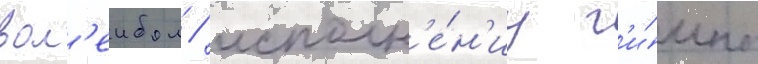
вол'еибол / исполн'е́н'иу г'и́мна